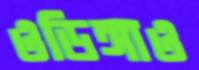
ওডিঙ্গাও